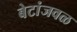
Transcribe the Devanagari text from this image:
बेटांजवळ